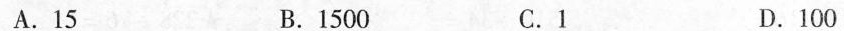
A.15 B.1500 C.1 D.100